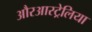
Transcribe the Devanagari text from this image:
औरआस्ट्रेलिया